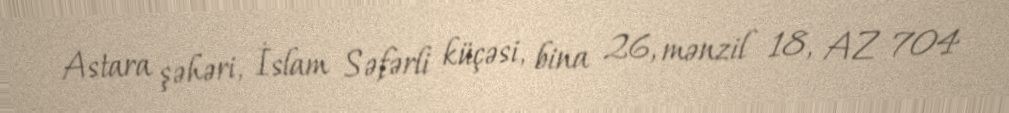
Astara şəhəri, İslam Səfərli küçəsi, bina 26, mənzil 18, AZ 704